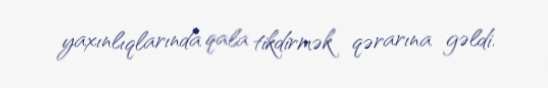
yaxınlıqlarında qala tikdirmək qərarına gəldi.